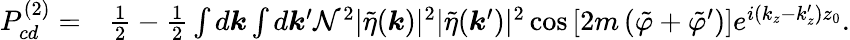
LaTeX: \begin{array}{rl}{P_{cd}^{(2)}=}&{\frac{1}{2}-\frac{1}{2}\int d\boldsymbol{k}\int d\boldsymbol{k}^{\prime}\mathcal{N}^{2}|\tilde{\eta}(\boldsymbol{k})|^{2}|\tilde{\eta}(\boldsymbol{k}^{\prime})|^{2}\cos{\left[2m\left(\tilde{\varphi}+\tilde{\varphi}^{\prime}\right)\right]}e^{i(k_{z}-k_{z}^{\prime})z_{0}}.}\end{array}